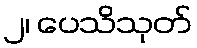
၂၊ ပေသိသုတ်